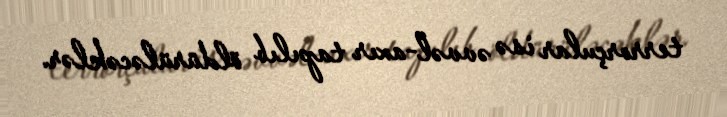
terrorçular isə əvvəl-axır tapılıb öldürüləcəklər.